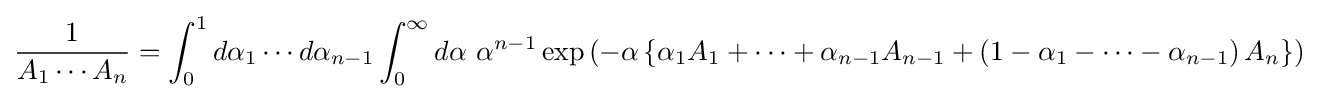
{\frac {1}{A_{1}\cdots A_{n}}}=\int _{0}^{1}d\alpha _{1}\cdots d\alpha _{n-1}\int _{0}^{\infty }d\alpha \ \alpha ^{n-1}\exp \left(-\alpha \left\{\alpha _{1}A_{1}+\cdots +\alpha _{n-1}A_{n-1}+\left(1-\alpha _{1}-\cdots -\alpha _{n-1}\right)A_{n}\right\}\right)